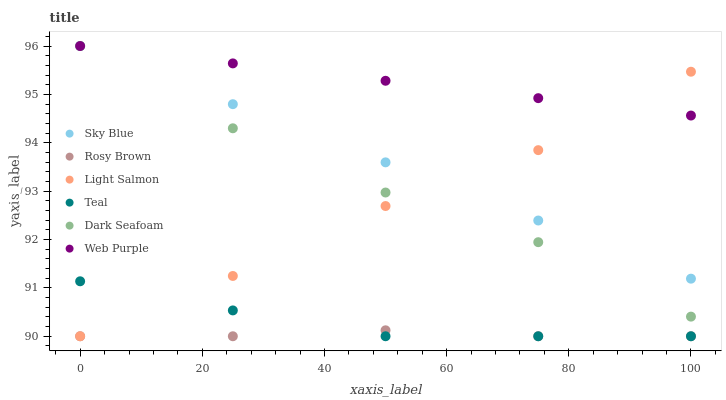
| xaxis_label | Sky Blue | Rosy Brown | Light Salmon | Teal | Dark Seafoam | Web Purple |
 | --- | --- | --- | --- | --- | --- | --- |
 | 0 | 96 | 90 | 90 | 91.1 | 96 | 96 |
 | 25 | 94.8 | 90 | 91.2 | 90.5 | 94.3 | 95.6 |
 | 50 | 93.6 | 90.1 | 92.7 | 90 | 93 | 95.3 |
 | 75 | 92.4 | 90 | 93.8 | 90 | 91.9 | 94.9 |
 | 100 | 91.2 | 90 | 95.5 | 90 | 90.4 | 94.6 |